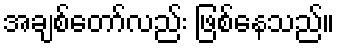
အချစ်တော်လည်း ဖြစ်နေသည်။